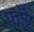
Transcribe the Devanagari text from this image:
फाँर